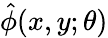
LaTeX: \hat{\phi}(x,y;\theta)